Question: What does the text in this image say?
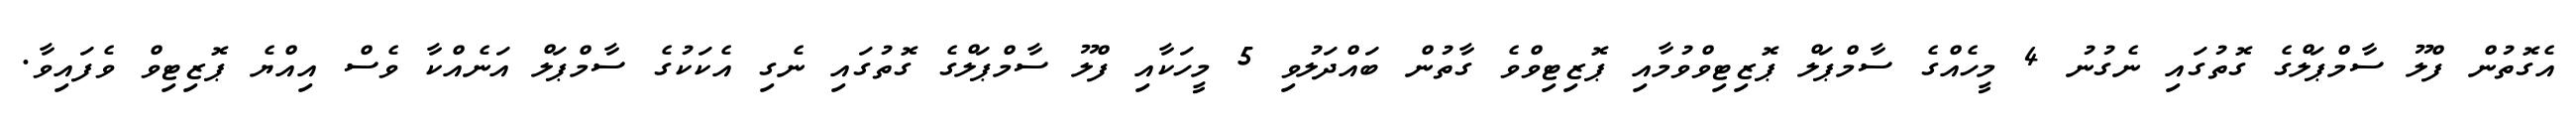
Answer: އެގޮތުން ފްލޫ ސާމްޕަލްގެ ގޮތުގައި ނެގުނު 4 މީހެއްގެ ސާމްޕަލް ޕޮޒިޓިވްވުމާއި ޕޮޒިޓިވްވެ ގާތުން ބައްދަލުވި 5 މީހަކާއި ފްލޫ ސާމްޕަލްގެ ގޮތުގައި ނެގި އެކަކުގެ ސާމްޕަލް އަނެއްކާ ވެސް އިއްޔެ ޕޮޒިޓިވް ވެފައިވާ.